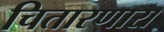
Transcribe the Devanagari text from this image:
चितारणारा